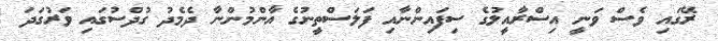
ރޭގައި ވެސް ވަނީ އިސްރާއީލުގެ ސިފައިންނާއި ފަލަސްތީނުގެ އާންމުންނާ ދެމެދު ގުދްސުގައި ވަރުގަދަ